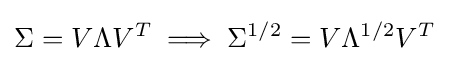
\Sigma =V\Lambda V^{T}\implies \Sigma ^{1/2}=V\Lambda ^{1/2}V^{T}